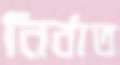
নির্বাত